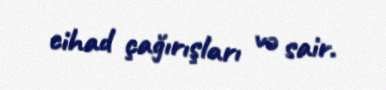
cihad çağırışları və sair.